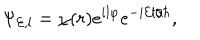
\Psi _ { { \cal E } , l } = \chi ( r ) e ^ { i l \varphi } e ^ { - i { \cal E } t / \hbar } ,